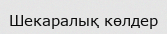
Шекаралық көлдер